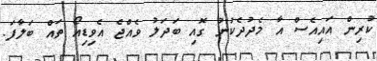
ކުރިން އައިއެސް އާ މެދުދެކުނު ގޮއި ބަދަލު ވެއްޖެ އެވިޑިއޯ ތައް ބަލާފަ.